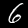
Label: 6